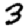
Digit: 3